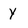
Character: Y